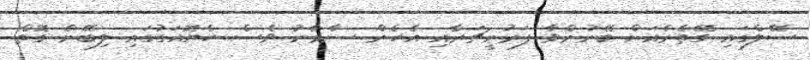
ސޭލްގައި ގޭތެރެއަށް ބޭނުންވާ ފަރުނީޗަރާއި އެހެން ސާމާނު ވެސް ހެޔޮއަގުގައި ލިބޭނެ ގޮތް